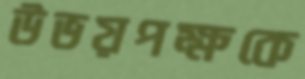
উভয়পক্ষকে